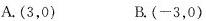
A. (3，0) B. (-3，0)